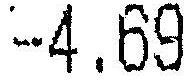
-4.69